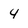
Character: 4